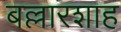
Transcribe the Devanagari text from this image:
बल्लारशाह